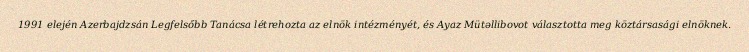
1991 elején Azerbajdzsán Legfelsőbb Tanácsa létrehozta az elnök intézményét, és Ayaz Mütəllibovot választotta meg köztársasági elnöknek.